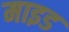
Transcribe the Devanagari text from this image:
माइड